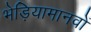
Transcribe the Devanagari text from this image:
भेड़ियामानवों